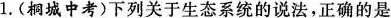
1.(桐城中考)下列关于生态系统的说法，正确的是